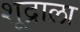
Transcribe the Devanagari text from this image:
शूद्राला